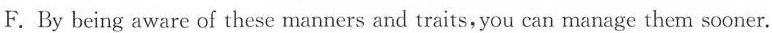
F. By being aware of these manners and traits, you can manage them sooner.